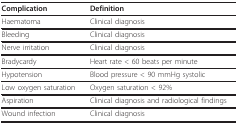
<table><thead><tr><td><b>Complication</b></td><td><b>Definition</b></td></tr></thead><tbody><tr><td>Haematoma</td><td>Clinical diagnosis</td></tr><tr><td>Bleeding</td><td>Clinical diagnosis</td></tr><tr><td>Nerve irritation</td><td>Clinical diagnosis</td></tr><tr><td>Bradycardy</td><td>Heart rate &lt; 60 beats per minute</td></tr><tr><td>Hypotension</td><td>Blood pressure &lt; 90 mmHg systolic</td></tr><tr><td>Low oxygen saturation</td><td>Oxygen saturation &lt; 92%</td></tr><tr><td>Aspiration</td><td>Clinical diagnosis and radiological findings</td></tr><tr><td>Wound infection</td><td>Clinical diagnosis</td></tr></tbody></table>